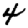
Digit: 4